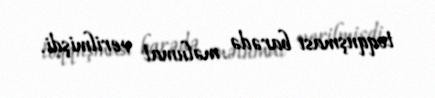
toqquşması barədə məlumat verilmişdi.